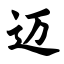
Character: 迈